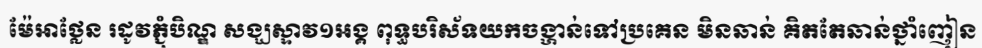
ម៉ែអាថ្លែន រដូវភ្ជុំបិណ្ឌ សង្ឃស្ទាវ១អង្គ ពុទ្ធបរិស័ទយកចង្ហាន់ទៅប្រគេន មិនឆាន់ គិតតែឆាន់ថ្នាំញៀន